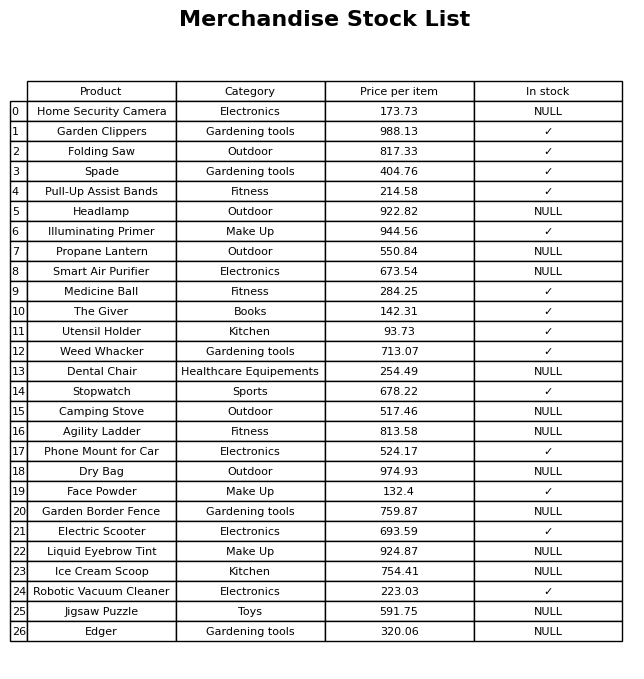
question: What is the price of the Camping Stove?
answer: The price of Camping Stove is 517.46.